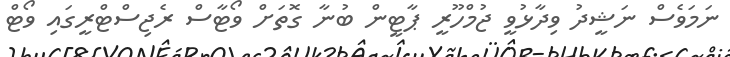
ނަމަވެސް ނަޝީދު ވިދާޅުވީ ޖުމްހޫރީ ޕާޓީން ބުނާ ގޮތަށް ވޯޓާސް ރެޖިސްޓްރީގައި ވޯޓް